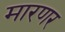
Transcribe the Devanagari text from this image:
मारणर